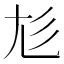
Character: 𡯎